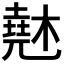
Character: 𰘨